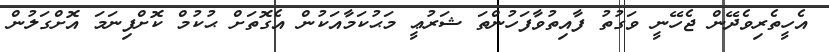
އެހީތެރިވެދޭން ޖެހޭނީ ވަގުތު ފާއިތުވާފަހުންތަ ޝަރުޢީ މަޙުކަމާއަކުން އެގޮތަށް ޙުކުމް ކޮށްފިނަމަ އޮށްގަލުން